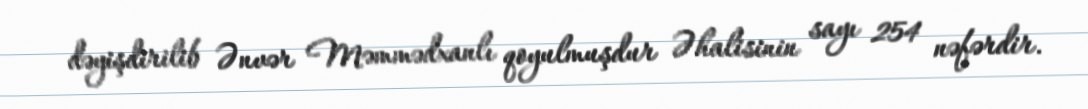
dəyişdirilib Ənvər Məmmədxanlı qoyulmuşdur Əhalisinin sayı 254 nəfərdir.